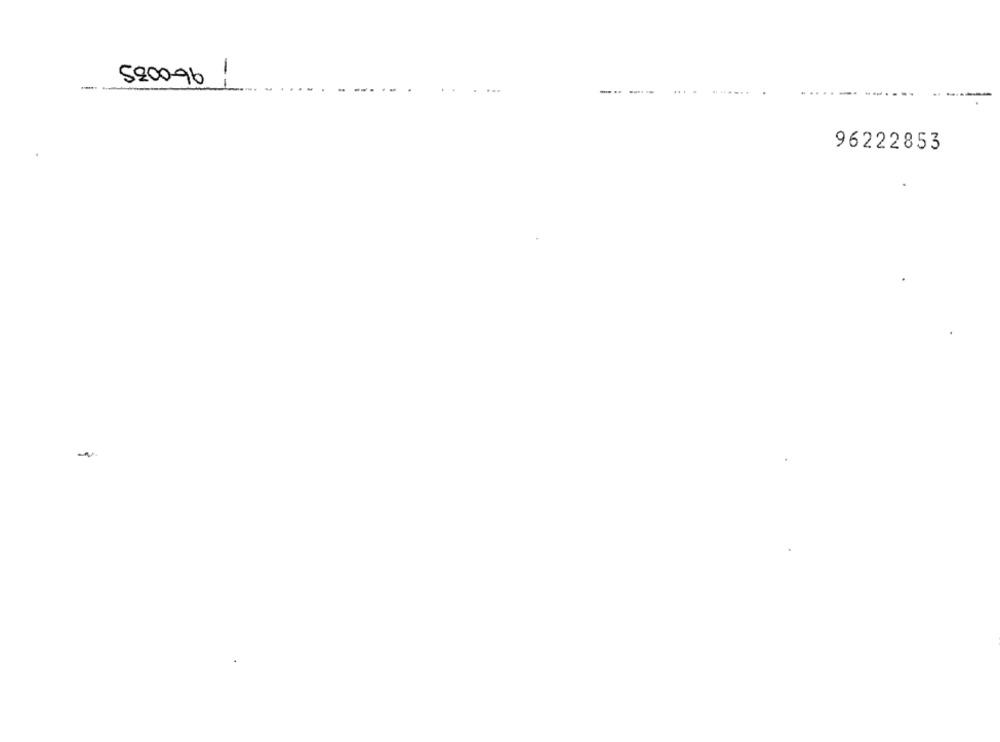
520096 1
-- --
96222853